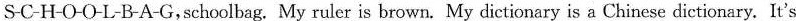
S-C-H-O-O-L-B-A-G,schoolbag. My ruler is brown. My dictionary is a Chinese dictionary. It's